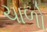
ચાળો